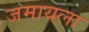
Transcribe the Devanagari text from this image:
जमायला